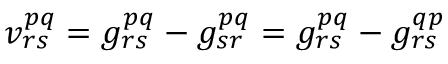
v _ { r s } ^ { p q } = g _ { r s } ^ { p q } - g _ { s r } ^ { p q } = g _ { r s } ^ { p q } - g _ { r s } ^ { q p }